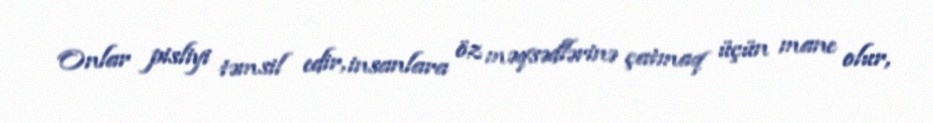
Onlar pisliyi təmsil edir, insanlara öz məqsədlərinə çatmaq üçün mane olur,